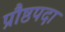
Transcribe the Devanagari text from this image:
प्रौष्ठपदा